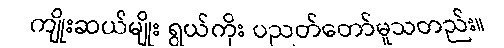
ကျိုးဆယ်မျိုး ရွယ်ကိုး ပညတ်တော်မူသတည်း။